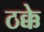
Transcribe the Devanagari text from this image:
ठक्के